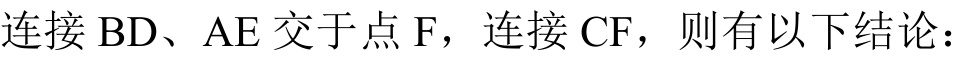
连接 \(BD\)、\(AE\) 交于点 \(F\)，连接 \(CF\)，则有以下结论：